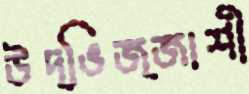
উদ্ভিজ্জাশী